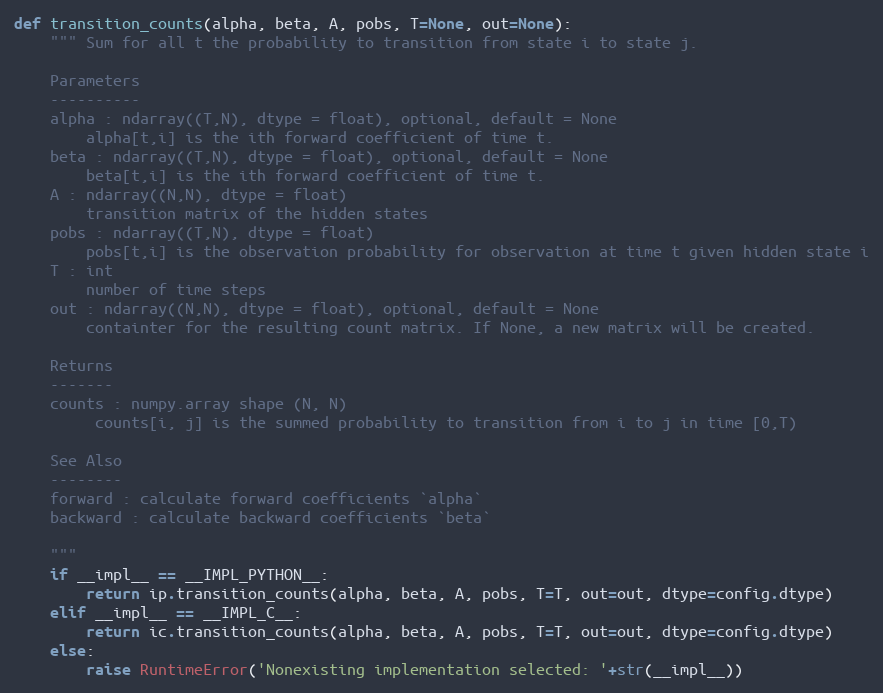
Language: Python
def transition_counts(alpha, beta, A, pobs, T=None, out=None):
    """ Sum for all t the probability to transition from state i to state j.

    Parameters
    ----------
    alpha : ndarray((T,N), dtype = float), optional, default = None
        alpha[t,i] is the ith forward coefficient of time t.
    beta : ndarray((T,N), dtype = float), optional, default = None
        beta[t,i] is the ith forward coefficient of time t.
    A : ndarray((N,N), dtype = float)
        transition matrix of the hidden states
    pobs : ndarray((T,N), dtype = float)
        pobs[t,i] is the observation probability for observation at time t given hidden state i
    T : int
        number of time steps
    out : ndarray((N,N), dtype = float), optional, default = None
        containter for the resulting count matrix. If None, a new matrix will be created.

    Returns
    -------
    counts : numpy.array shape (N, N)
         counts[i, j] is the summed probability to transition from i to j in time [0,T)

    See Also
    --------
    forward : calculate forward coefficients `alpha`
    backward : calculate backward coefficients `beta`

    """
    if __impl__ == __IMPL_PYTHON__:
        return ip.transition_counts(alpha, beta, A, pobs, T=T, out=out, dtype=config.dtype)
    elif __impl__ == __IMPL_C__:
        return ic.transition_counts(alpha, beta, A, pobs, T=T, out=out, dtype=config.dtype)
    else:
        raise RuntimeError('Nonexisting implementation selected: '+str(__impl__))